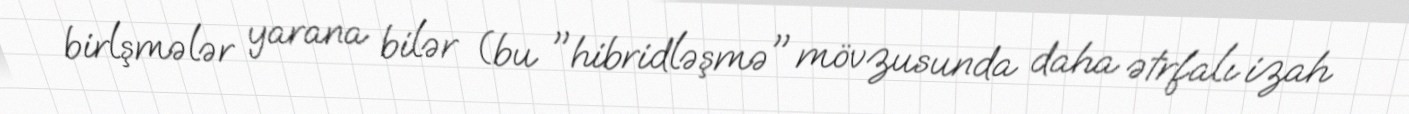
birlşmələr yarana bilər (bu "hibridləşmə" mövzusunda daha ətrfalı izah